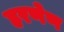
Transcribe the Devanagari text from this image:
हरणेण